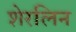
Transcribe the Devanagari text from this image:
शेरलिन